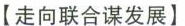
【走向联合谋发展】